Calcutta medical institutions reports 1879-81 [i.e.91]
Year: 1879
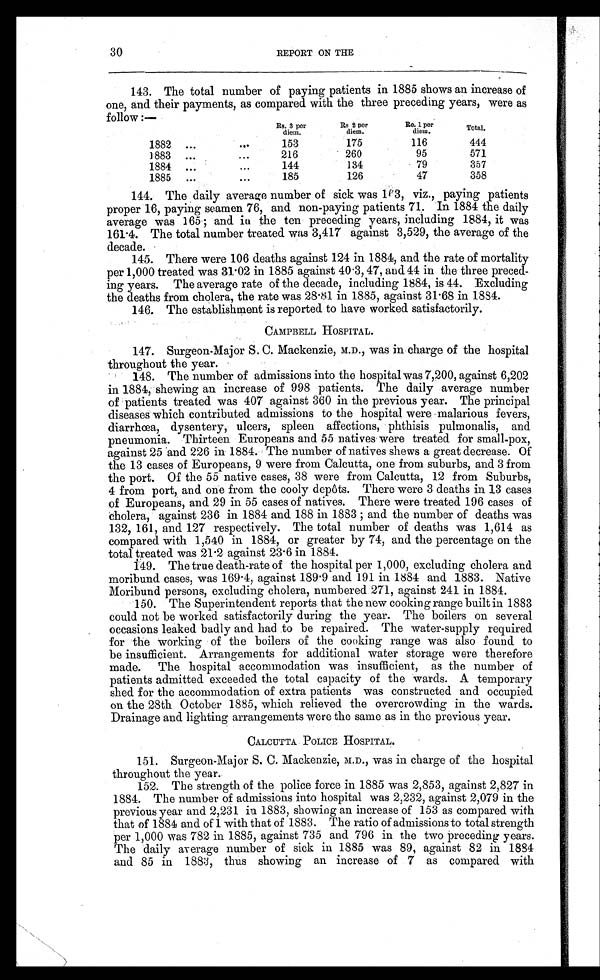
30
REPORT ON THE
143. The total number of paying patients in 1885 shows an increase of
one, and their payments, as compared with the three preceding years, were as
follow :—
Rs. 3 per
diem.
Rs 2 per
diem.
Re. 1 per
diem.
Total.
1882 ...
...
153
175
116
444
1883 ...
...
216
260
95
571
1884 ...
...
144
134
79
357
1885
...
...
185
126
47
358
144. The daily average number of sick was 163, viz., paying patients
proper 16, paying seamen 76, and non-paying patients 71. In 1884 the daily
average was 165; and in the ten preceding years, including 1884, it was
161.4. The total number treated was 3,417 against 3,529, the average of the
decade.
145. There were 106 deaths against 124 in 1884, and the rate of mortality
per 1,000 treated was 31.02 in 1885 against 40.3, 47, and 44 in the three preced--
ing years. The average rate of the decade, including 1884, is 44. Excluding
the deaths from cholera, the rate was 28.81 in 1885, against 31.68 in 1884.
146. The establishment is reported to have worked satisfactorily.
CAMPBELL HOSPITAL.
147. Surgeon-Major S. C. Mackenzie, M.D., was in charge of the hospital
throughout the year.
148. The number of admissions into the hospital was 7,200, against 6,202
in 1884, shewing an increase of 998 patients. The daily average number
of patients treated was 407 against 360 in the previous year. The principal
diseases which contributed admissions to the hospital were malarious fevers,
diarrhœa, dysentery, ulcers, spleen affections, phthisis pulmonalis, and
pneumonia. Thirteen Europeans and 55 natives were treated for small-pox,
against 25 and 226 in 1884. The number of natives shews a great decrease. Of
the 13 cases of Europeans, 9 were from Calcutta, one from suburbs, and 3 from
the port. Of the 55 native cases, 38 were from Calcutta, 12 from Suburbs,
4 from port, and one from the cooly depôts. There were 3 deaths in 13 cases
of Europeans, and 29 in 55 cases of natives. There were treated 196 cases of
cholera, against 236 in 1884 and 188 in 1883; and the number of deaths was
132, 161, and 127 respectively. The total number of deaths was 1,614 as
compared with 1,540 in 1884, or greater by 74, and the percentage on the
total treated was 21.2 against 23.6 in 1884.
149. The true death-rate of the hospital per 1,000, excluding cholera and
moribund cases, was 169.4, against 189.9 and 191 in 1884 and 1883. Native
Moribund persons, excluding cholera, numbered 271, against 241 in 1884.
150. The Superintendent reports that the new cooking range built in 1883
could not be worked satisfactorily during the year. The boilers on several
occasions leaked badly and had to be repaired. The water-supply required
for the working of the boilers of the cooking range was also found to
be insufficient. Arrangements for additional water storage were therefore
made. The hospital accommodation was insufficient, as the number of
patients admitted exceeded the total capacity of the wards. A temporary
shed for the accommodation of extra patients was constructed and occupied
on the 28th October 1885, which relieved the overcrowding in the wards.
Drainage and lighting arrangements were the same as in the previous year.
CALCUTTA POLICE HOSPITAL.
151. Surgeon-Major S. C. Mackenzie, M.D., was in charge of the hospital
throughout the year.
152. The strength of the police force in 1885 was 2,853, against 2,827 in
1884. The number of admissions into hospital was 2,232, against 2,079 in the
previous year and 2,231 in 1883, showing an increase of 153 as compared with
that of 1884 and of 1 with that of 1883. The ratio of admissions to total strength
per 1,000 was 782 in 1885, against 735 and 796 in the two preceding years.
The daily average number of sick in 1885 was 89, against 82 in 1884
and 85 in 1883, thus showing an increase of 7 as compared with